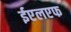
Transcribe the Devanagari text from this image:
ईएलएफ